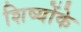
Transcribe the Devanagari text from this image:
शिष्योंके